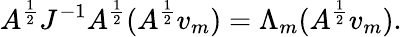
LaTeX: A^{\frac{1}{2}}J^{-1}A^{\frac{1}{2}}(A^{\frac{1}{2}}v_{m})=\Lambda_{m}(A^{\frac{1}{2}}v_{m}).